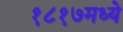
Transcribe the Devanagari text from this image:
१८१७मध्ये